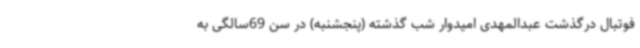
فوتبال درگذشت عبدالمهدی امیدوار شب گذشته (پنجشنبه) در سن 69سالگی به